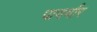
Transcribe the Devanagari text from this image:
पायर्यार